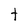
Character: t